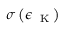
\sigma \left( { \epsilon _ { \mathrm { ~ \tiny ~ K ~ } } } \right)